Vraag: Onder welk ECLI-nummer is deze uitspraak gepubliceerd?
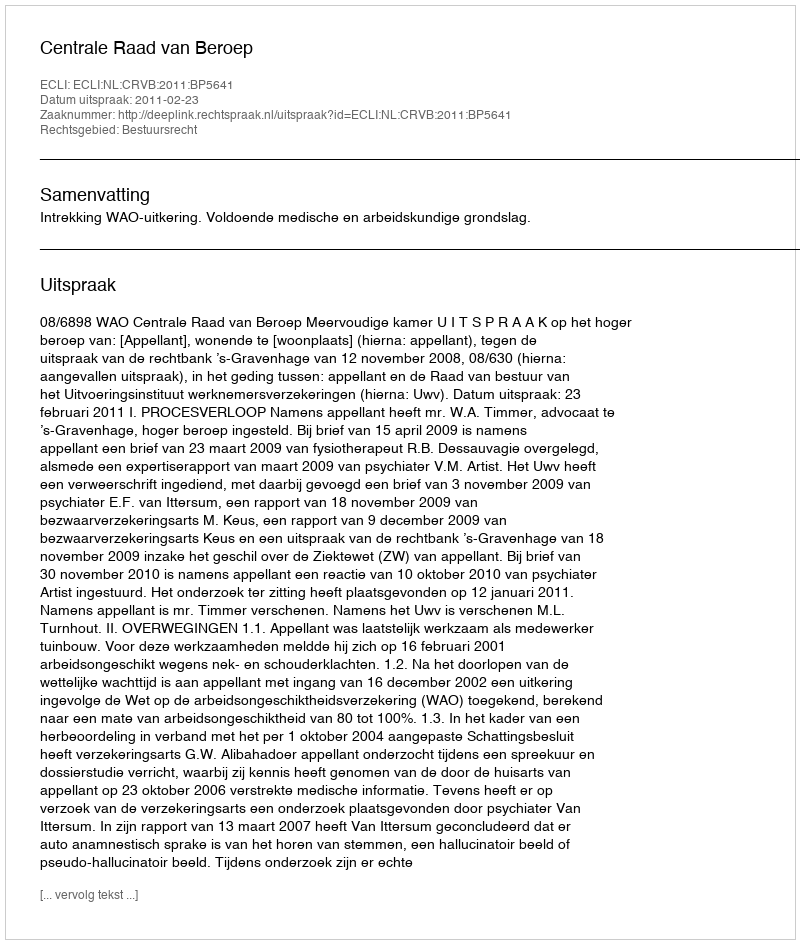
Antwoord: ECLI:NL:CRVB:2011:BP5641